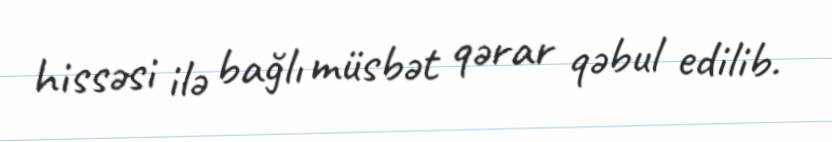
hissəsi ilə bağlı müsbət qərar qəbul edilib.